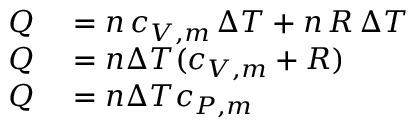
\begin{array} { r l } { Q } & { { } = n \, c _ { V , m } \, \Delta T + n \, R \, \Delta T } \\ { Q } & { { } = n \Delta T ( c _ { V , m } + R ) } \\ { Q } & { { } = n \Delta T c _ { P , m } } \end{array}